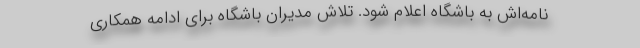
نامه‌اش به باشگاه اعلام شود. تلاش مدیران باشگاه برای ادامه همکاری